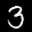
Label: 3